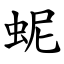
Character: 蚭